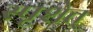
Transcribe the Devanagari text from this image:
स्पृशेत्